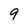
Character: 9